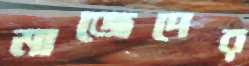
মাজেদের